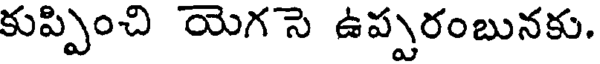
కుప్పించి యెగ సె ఉప్పరంబునకు.